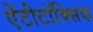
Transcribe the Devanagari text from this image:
ऐंटीटॉक्सिक